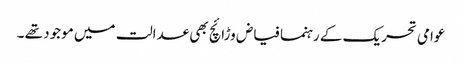
عوامی تحریک کے رہنما فیاض وڑائچ بھی عدالت میں موجود تھے ۔